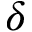
\delta